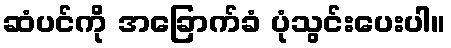
ဆံပင်ကို အခြောက်ခံ ပုံသွင်းပေးပါ။